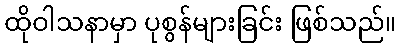
ထိုဝါသနာမှာ ပုစွန်များခြင်း ဖြစ်သည်။